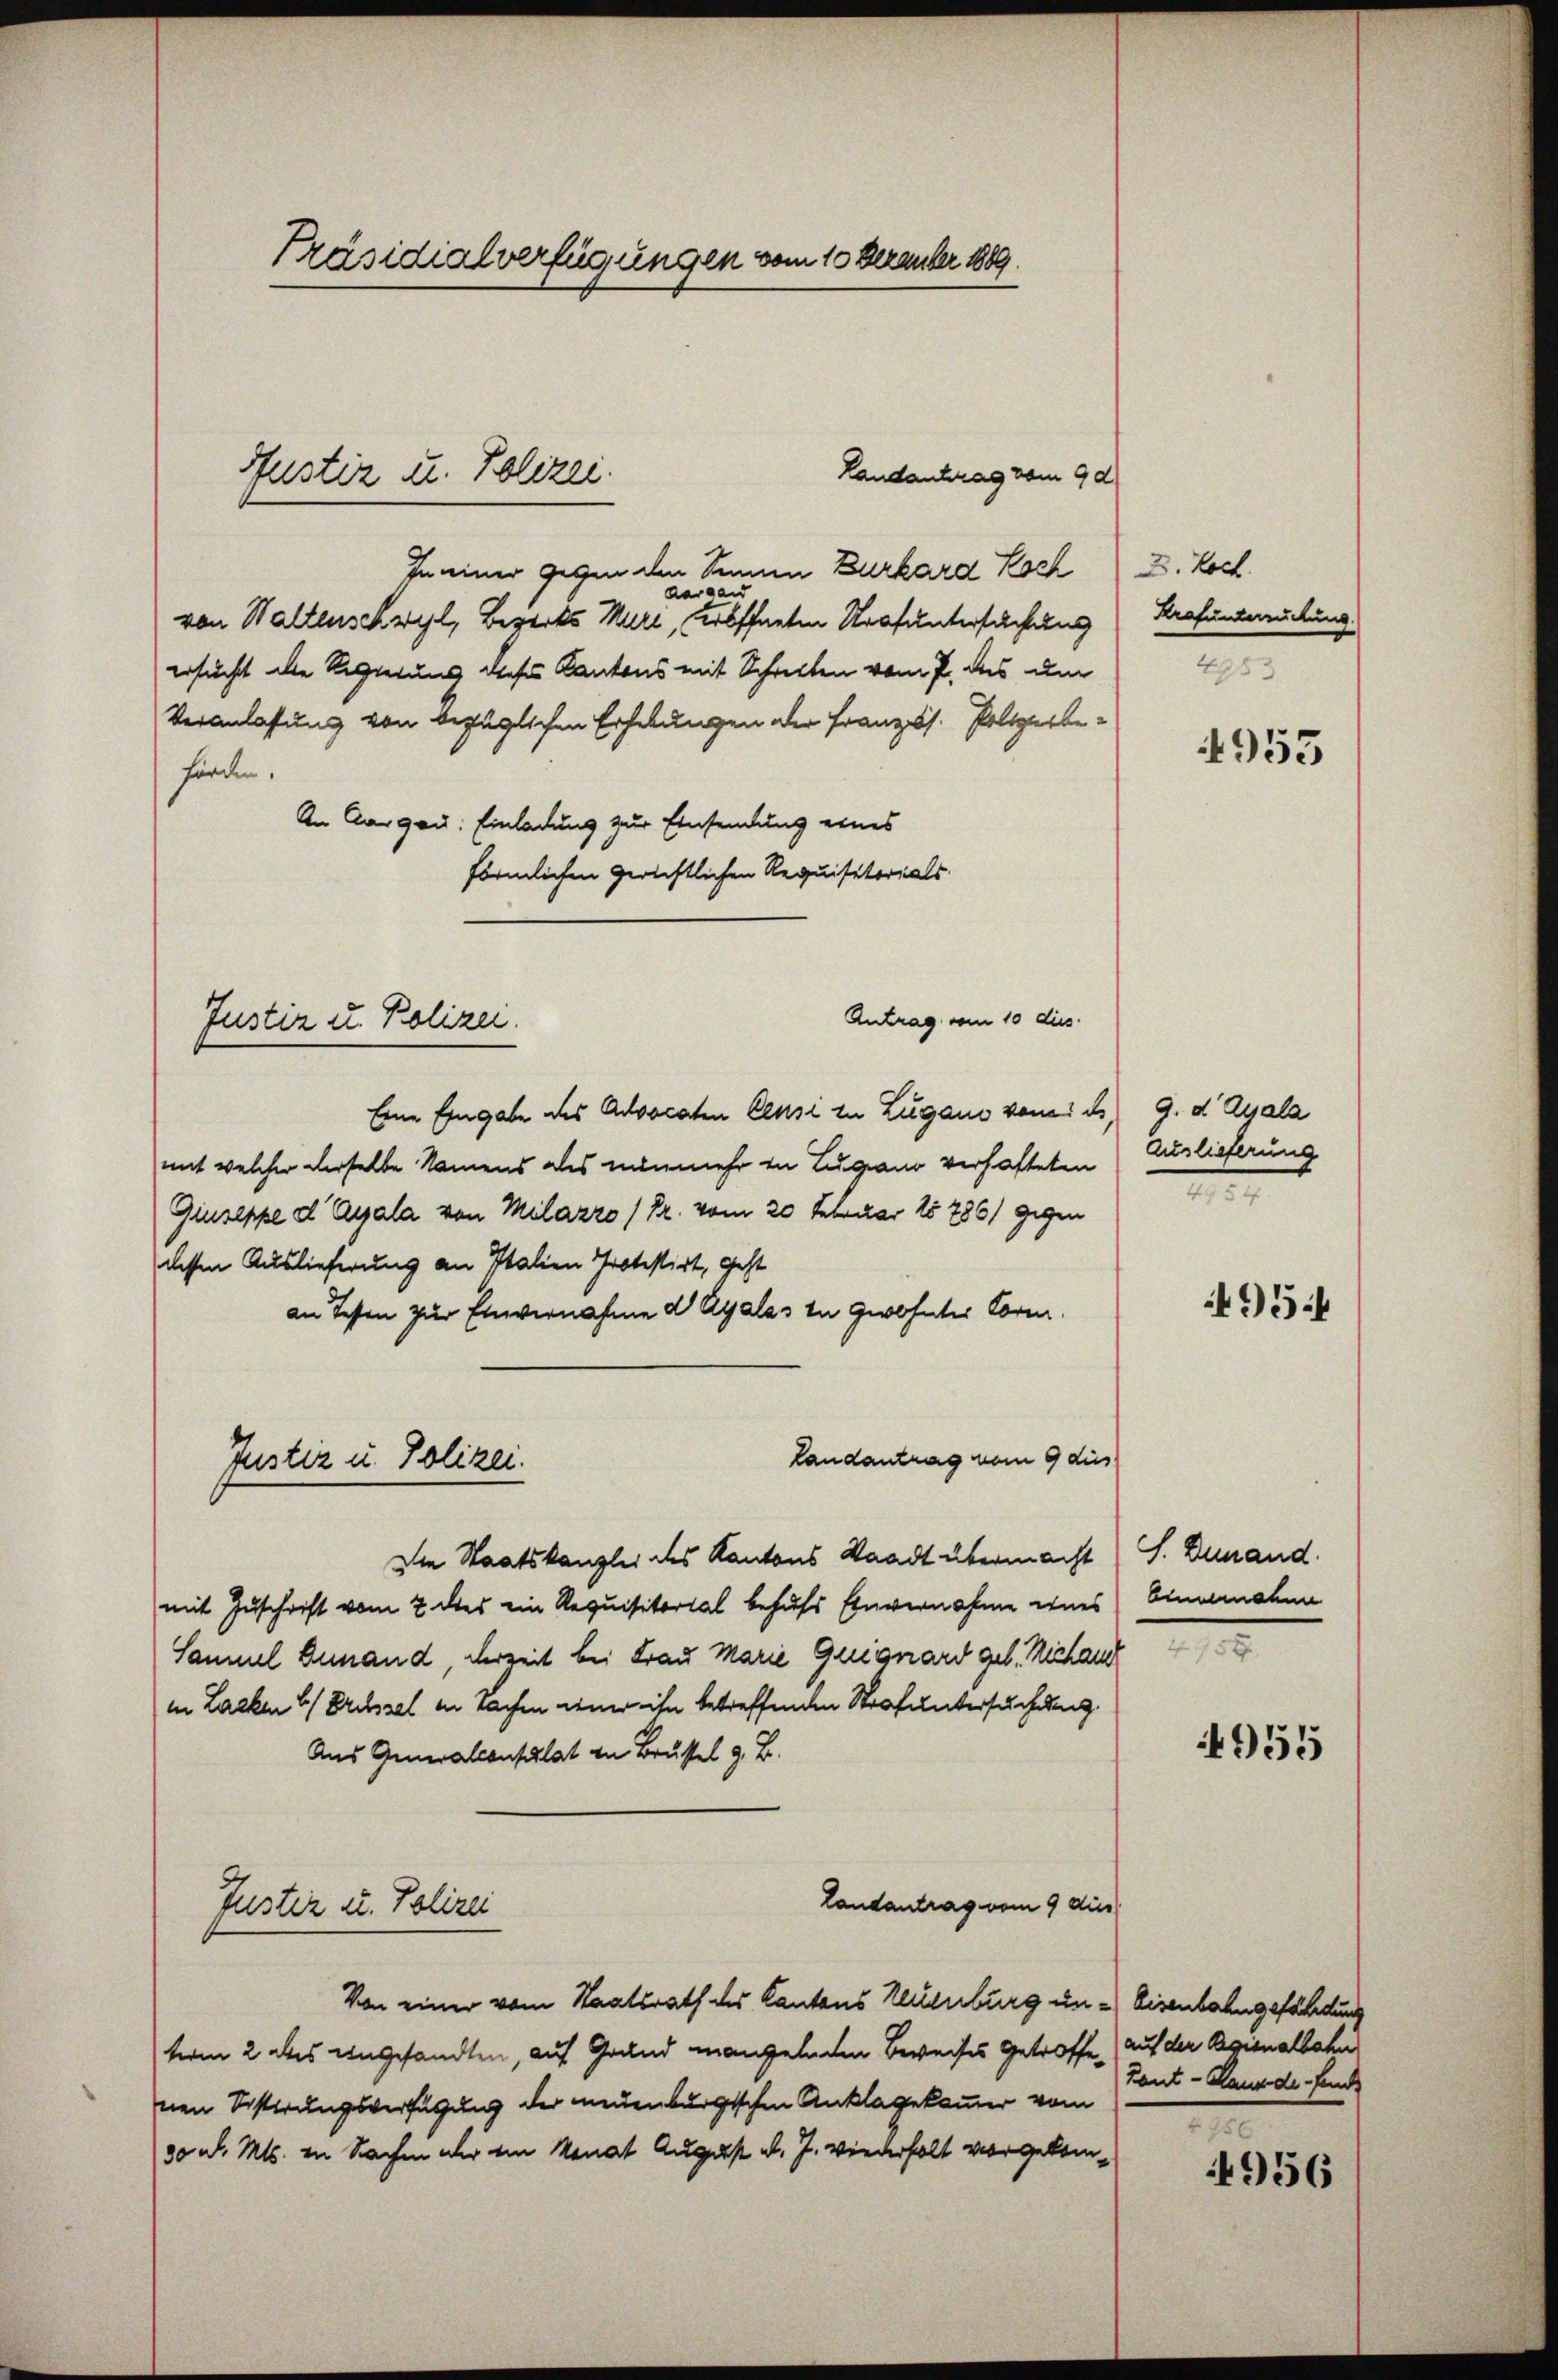
Präsidialverfügungen vom 10 December 1889.

In einer gegen den Sinnen Zurkard Koch
aarga
von Waltenschwyl, Bezirks Muri, eröffneten Strafuntersuchung
ersucht de Regierung dieses Kantons mit Schreiten vom 7. des um
Veranlassung von bezüglichen Erhebungen der Französ. Polizerbeförden.
An Aargau: Einladung zur Einsendung eines
förmlichen Gerichtlichen Requisitorials
Antrag vom 10 dies
Eine Eingabe des Advocaten Cense zu Zugano vonei es, 9. dAyalz
mit welcher derselbe Namens als nunmehr in Lugano verhafteten Auslieferung
Giuseppe d Ayala von Milazzo /Pr. vom 20 Februar 18786) gegen
dessen Auslieferung an Italien Protestirt, Gest
an Testen zur Einvernahme d Ayalas in Zwohnter Vorm.
Landantrag vom 9 dies
Justiz u. Polizei.
Die Staatskanzlei des Kantons Staadt übermacht
mit Zuschrift vom 2 des ein Requisitorial behufs Einvernahme eines
Sammel Genand, derzeit bei Frau Marie Grignard geb. Michand
in Lacken 1) Dressel in Sachen einer ihn betreffenden Strafuntersuchung
Aus Generalconsulat in Brustel z. B.
Landantrag vom 9 dies
Justiz u. Polizei
Von einer vom Staatsrath des Kantons Neuenburg in Eisenbahngefährdung
term 2 des angesandten, auf Grund mangelnden Beweises Getroffe, auf der Reginalbahn
Inen Sistirungsverfügung der neuenburgischen Anklagekommer vom
30 d. Mts. in Sachen aber ein Monat August d. J. wiederholt vorgekom¬

Justiz u. Polizei.

Justiz u. Polizei.

Landantrag vom 9 d

D. koch.
Hrafuntersuchung.
4953

4955

2

4954

S. Zunand.
Einvernahme

4955

Tant - Haus de fande
e
4956